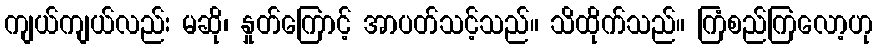
ကျယ်ကျယ်လည်း မဆို၊ နှုတ်ကြောင့် အာပတ်သင့်သည်။ သိထိုက်သည်။ ကြံစည်ကြလော့ဟု